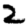
Digit: 2